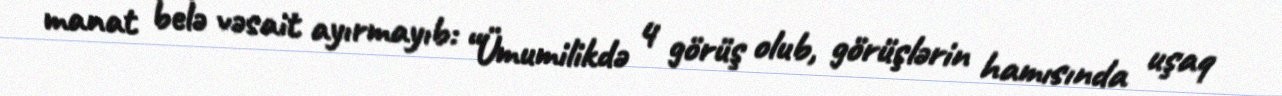
manat belə vəsait ayırmayıb: “Ümumilikdə 4 görüş olub, görüşlərin hamısında uşaq